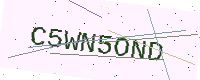
Text: C5WN5OND